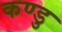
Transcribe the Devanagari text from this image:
कण्डु